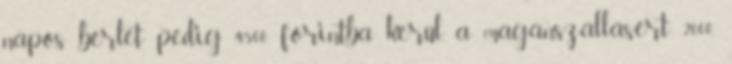
napos bérlet pedig 4500 forintba kerül, a magánszállásért 2000,